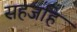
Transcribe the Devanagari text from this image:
सहजहि